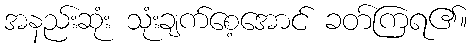
အနည်းဆုံး သုံးချက်စေ့အောင် ခတ်ကြရ၏။